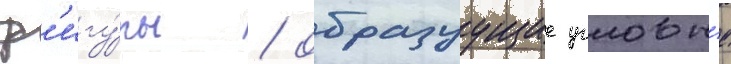
ф'игу́ры / образуущие угловы́е